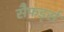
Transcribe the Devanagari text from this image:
सैफर्ड्स